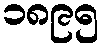
၁၈၉၅